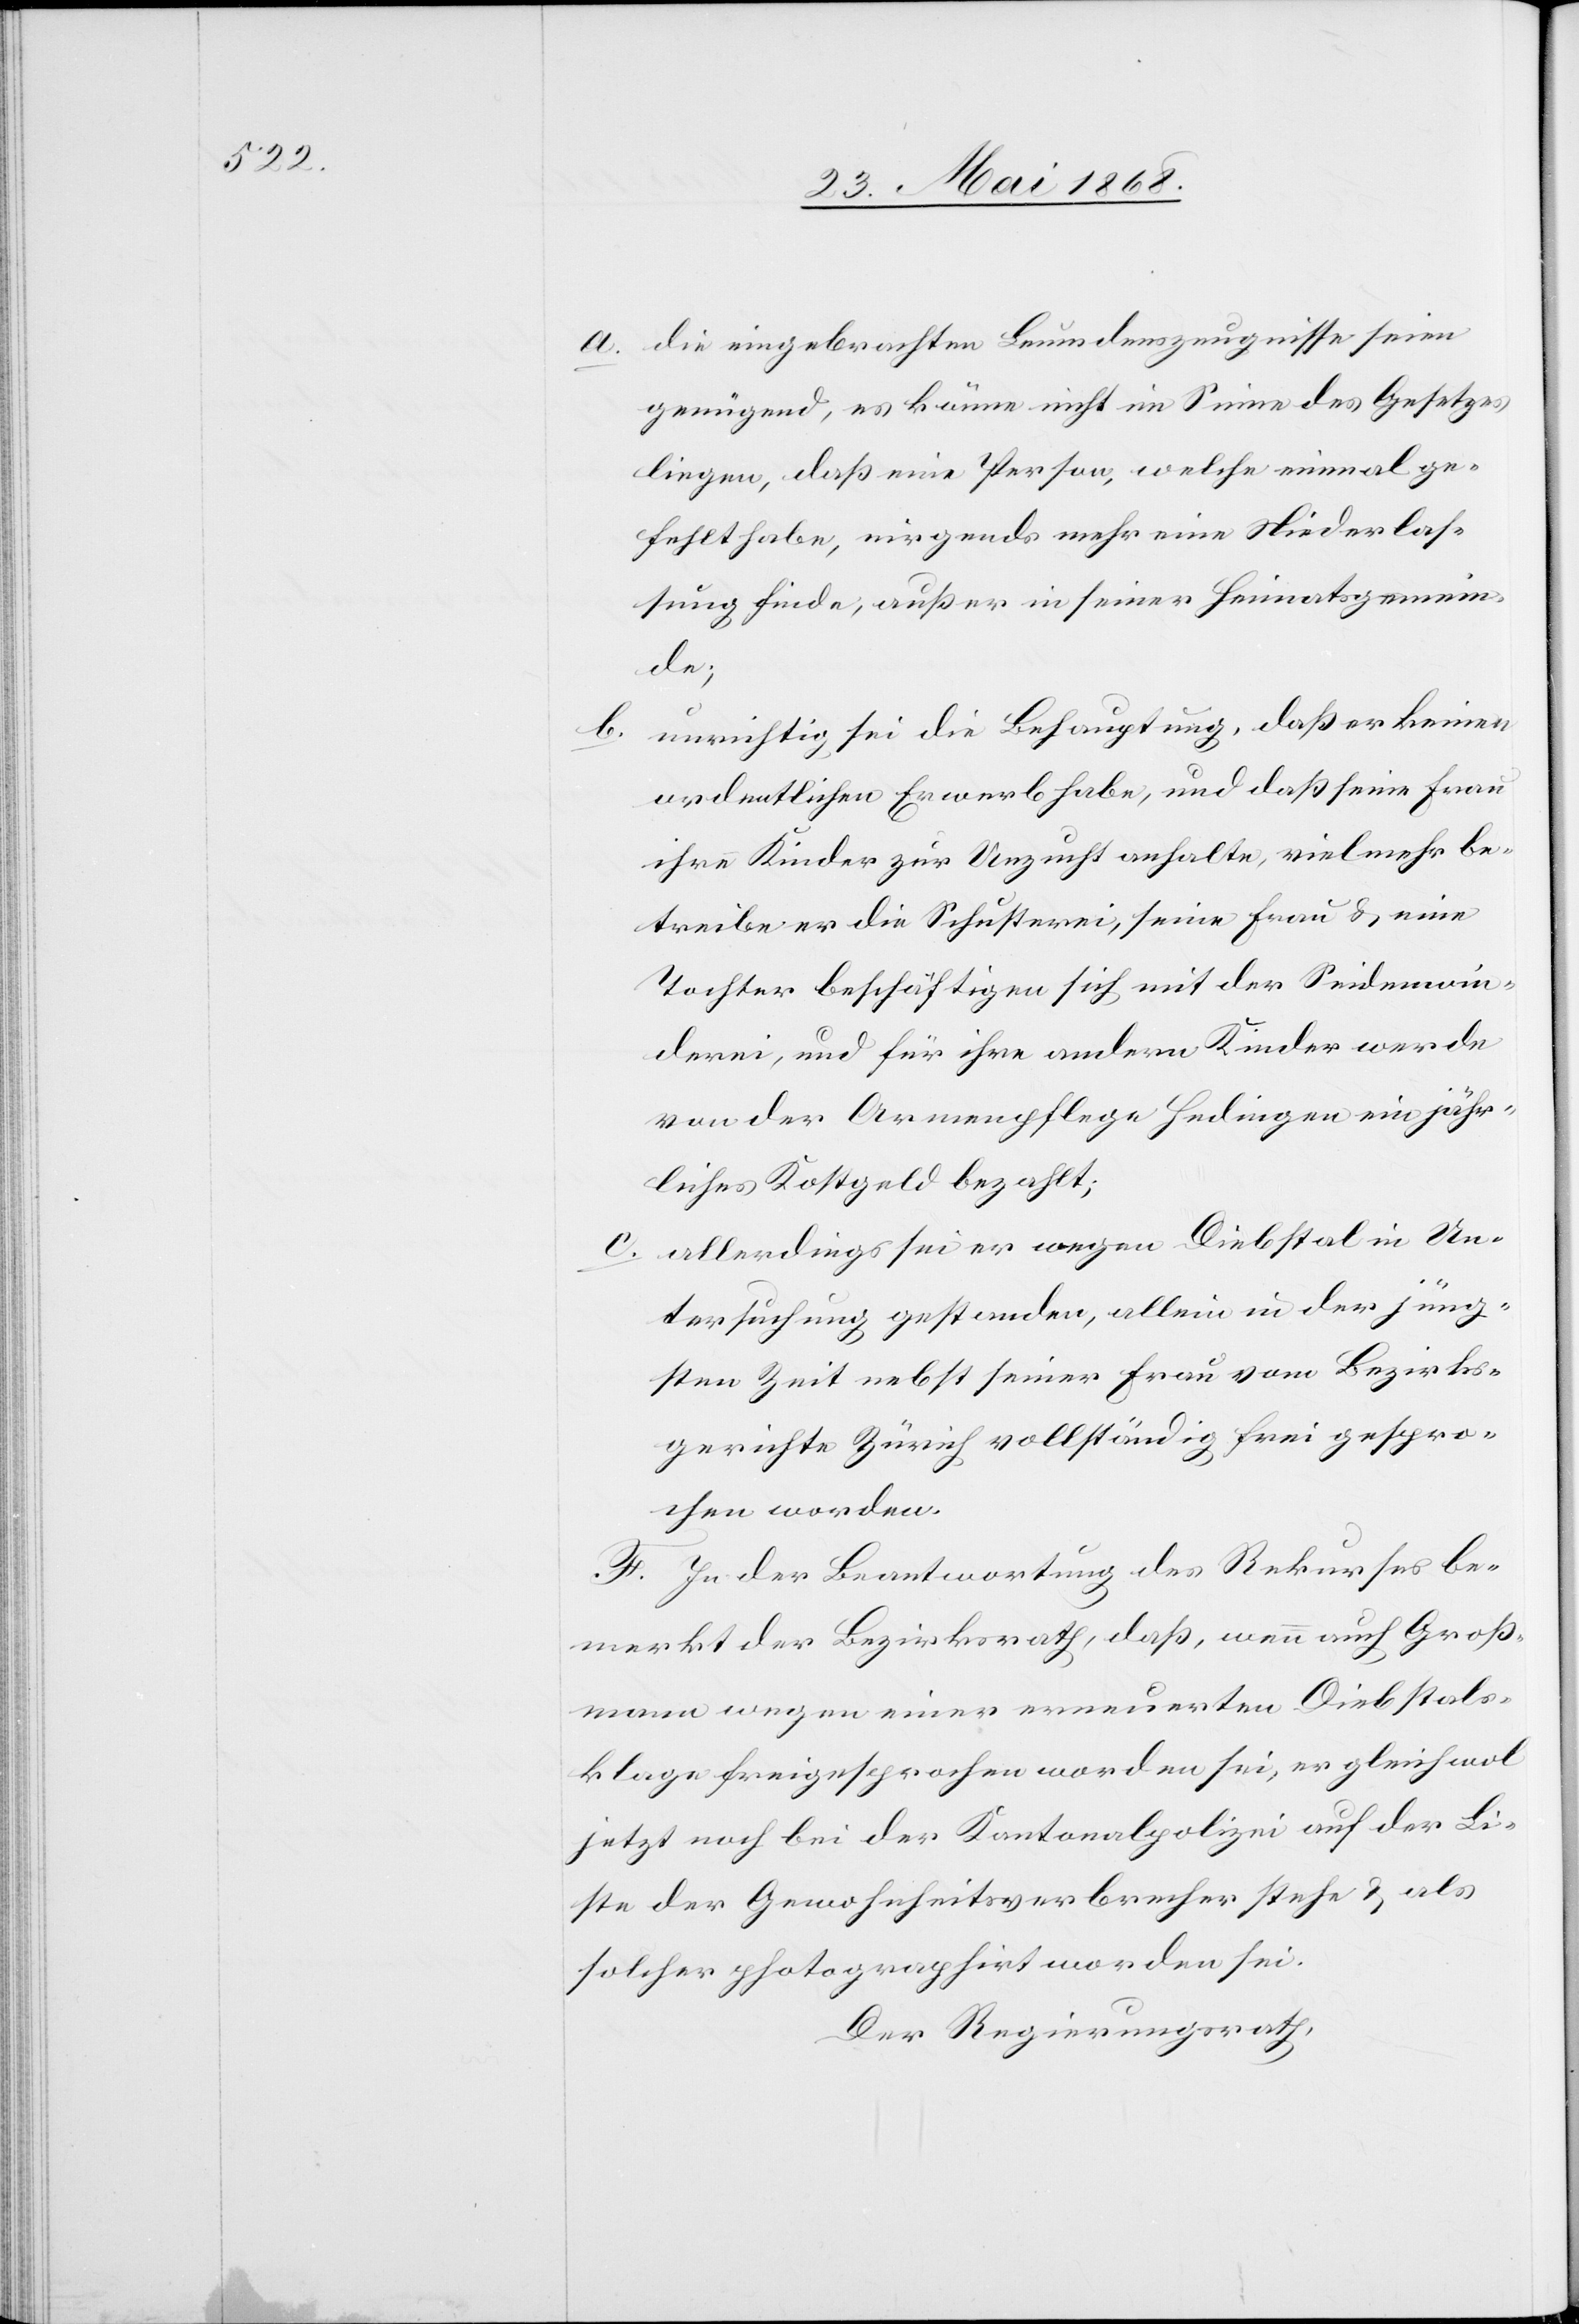
die eingebrachten Leumdenszeugnisse seien
genügend, es könne nicht im Sinne des Gesetzes
liegen, daß eine Person, welche einmal ge¬
fehlt habe, nirgends mehr eine Niederlas¬
sung finde, außer in seiner Heimatsgemein¬
de;
unrichtig sei die Behauptung, daß er keinen
ordentlichen Erwerb habe, und daß seine Frau
ihre Kinder zur Unzucht anhalte, vielmehr be¬
treibe er die Schusterei, seine Frau & eine
Tochter beschäftigen sich mit der Seidenwin¬
derei, und für ihre andern Kinder werde
von der Armenpflege Hedingen ein jähr¬
liches Kostgeld bezahlt;
allerdings sei er wegen Diebstal in Un¬
tersuchung gestanden, allein in der jüng¬
sten Zeit nebst seiner Frau vom Bezirks¬
gerichte Zürich vollständig frei gespro¬
chen worden.
F. In der Beantwortung des Rekurses be¬
merkt der Bezirksrath, daß, wenn auch Groß¬
mann wegen einer erneuerten Diebstals¬
klage freigesprochen worden sei, er gleichwol
jetzt noch bei der Kantonalpolizei auf der Li¬
ste der Gewohnheitsverbrecher stehe & als
solcher photographirt worden sei.
Der Regierungsrath,